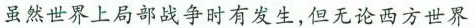
虽然世界上局部战争时有发生，但无论西方世界